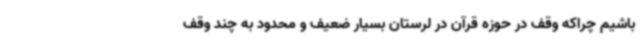
باشیم چراکه وقف در حوزه قرآن در لرستان بسیار ضعیف و محدود به چند وقف